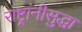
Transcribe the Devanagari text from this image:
राष्ट्रांनीसुद्धा